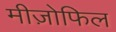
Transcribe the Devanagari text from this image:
मीज़ोफिल